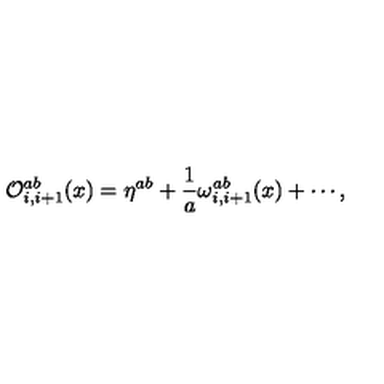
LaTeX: { \cal O } _ { i , i + 1 } ^ { a b } ( x ) = \eta ^ { a b } + \frac { 1 } { a } \omega _ { i , i + 1 } ^ { a b } ( x ) + \cdots ,